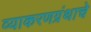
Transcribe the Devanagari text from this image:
व्याकरणग्रंथाचे